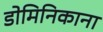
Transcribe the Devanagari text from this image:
डोमिनिकाना